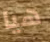
هيا